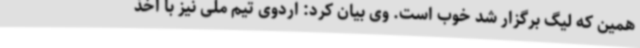
همین که لیگ برگزار شد خوب است. وی بیان کرد: اردوی تیم ملی نیز با اخذ